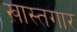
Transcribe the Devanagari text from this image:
ख़ास्तगार